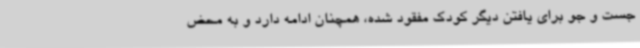
جست و جو برای یافتن دیگر کودک مفقود شده، همچنان ادامه دارد و به محض